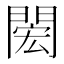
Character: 𨴵